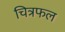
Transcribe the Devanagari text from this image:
चित्रफल